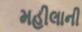
મહીલાની